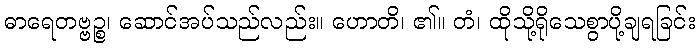
ဓာရေတဗ္ဗဉ္စ၊ ဆောင်အပ်သည်လည်း။ ဟောတိ၊ ၏။ တံ၊ ထိုသို့ရိုသေစွာပို့ချရခြင်း